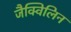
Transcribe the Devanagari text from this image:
जैक्विलिन